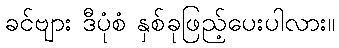
ခင်ဗျား ဒီပုံစံ နှစ်ခုဖြည့်ပေးပါလား။